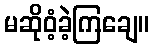
မဆိုဝံ့ခဲ့ကြချေ။